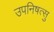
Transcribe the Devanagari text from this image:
उपनिषत्सु